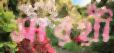
সারথী